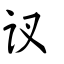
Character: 訍